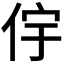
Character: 𫢝